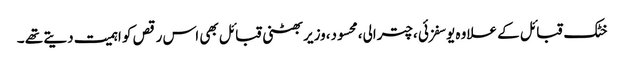
خٹک قبائل کے علاوہ یوسفزئی ،چترالی،محسود،وزیر بھٹنی قبائل بھی اس رقص کو اہمیت دیتے تھے ۔